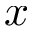
x